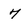
Character: 7